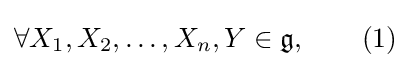
\forall X_{1},X_{2},\ldots ,X_{n},Y\in {\mathfrak {g}},\qquad (1)